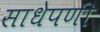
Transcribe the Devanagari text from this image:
साधेपणी